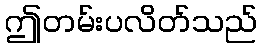
ဤတမ်းပလိတ်သည်